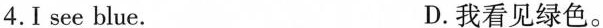
4. I see blue. D.我看见绿色.。